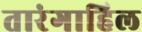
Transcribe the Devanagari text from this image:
तारंगाहिल